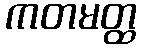
ကတမတ္ထ